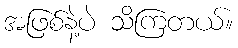
အဖြစ်နဲ့ပဲ သိကြတယ်။